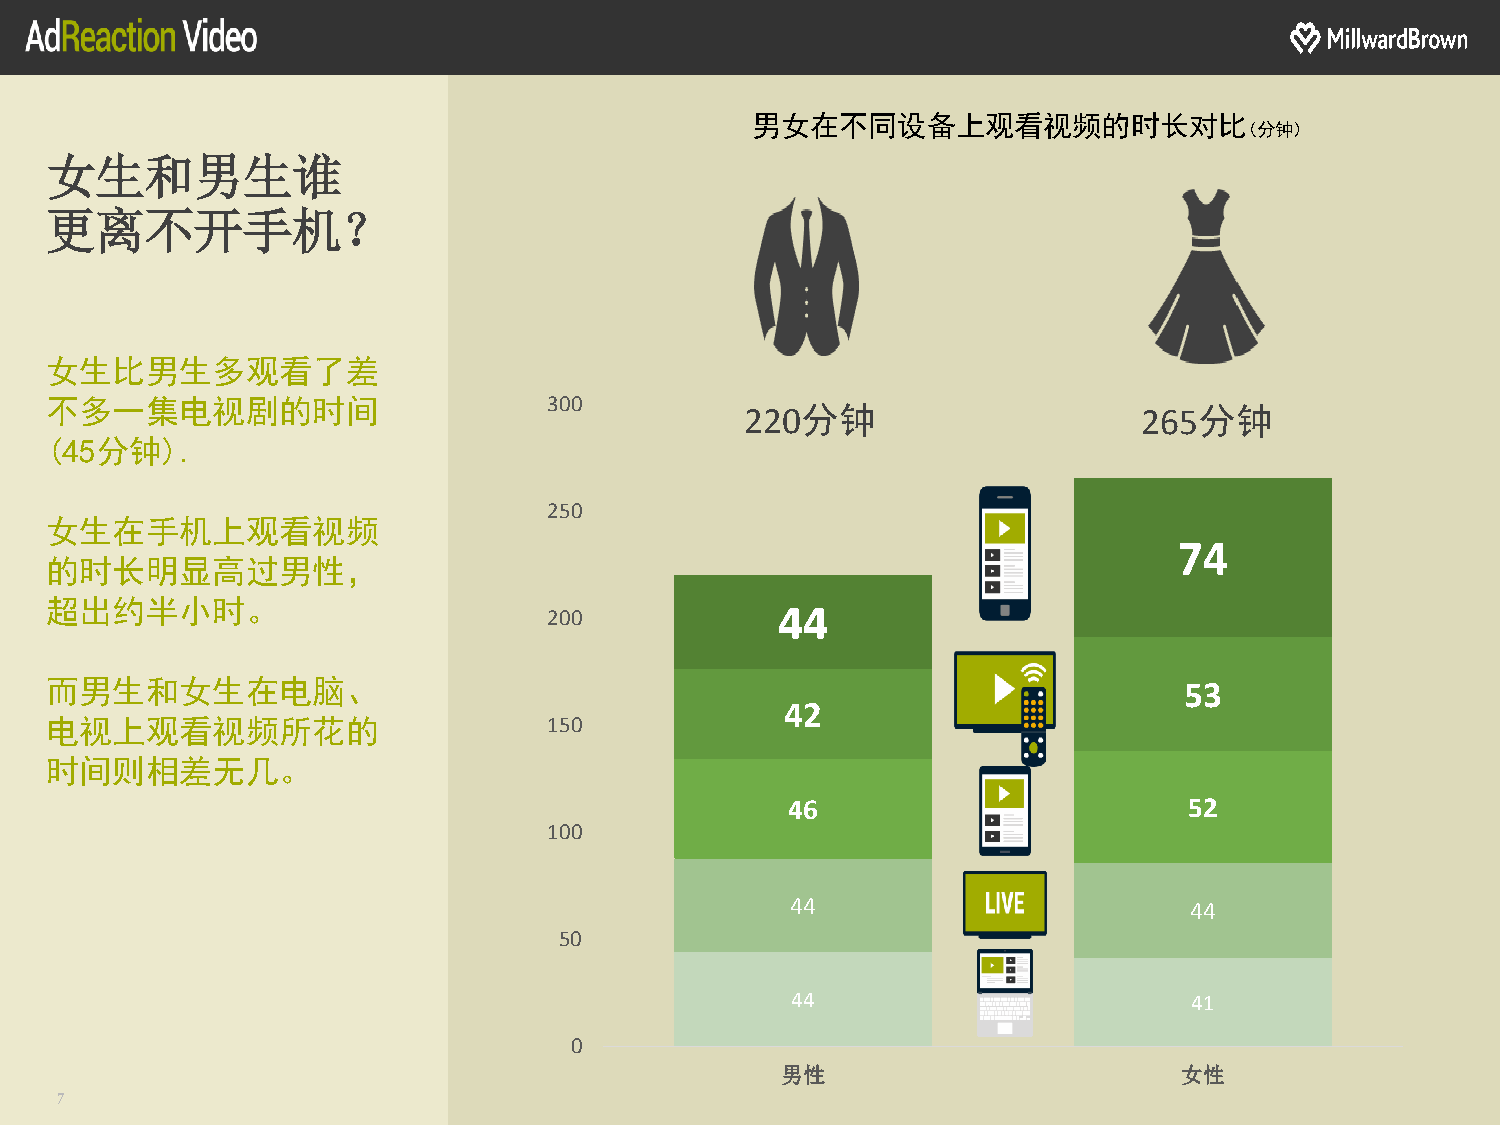
男女在不同设备上观看视频的时长对比
 (分钟)
 女生和男生谁
 更离不开手机？
 女生比男生多观看了差
 不多一集电视剧的时间                       300          220分钟                      265分钟
 (45分钟).
 250
 女生在手机上观看视频
 74
 的时长明显高过男性，
 超出约半小时。
 200            44
 而男生和女生在电脑、                                                                 53
 42
 电视上观看视频所花的                       150
 时间则相差无几。
 46                         52
 100
 44                         44
 50
 44                         41
 0
 男性                        女性
 7